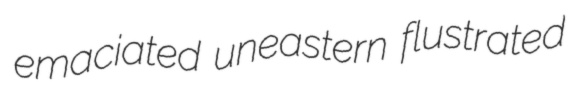
emaciated uneastern flustrated